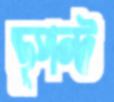
ডুপন্ট